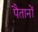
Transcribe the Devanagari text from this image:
पैतानों